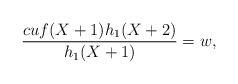
LaTeX: \begin{align*}\frac{cuf(X+1)h_1(X+2)}{h_1(X+1)}=w,\end{align*}